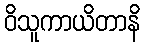
ဝိသူကာယိတာနိ